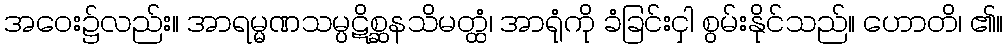
အဝေး၌လည်း။ အာရမ္မဏသမ္ပဋိစ္ဆနသိမတ္ထံ၊ အာရုံကို ခံခြင်းငှါ စွမ်းနိုင်သည်။ ဟောတိ၊ ၏။